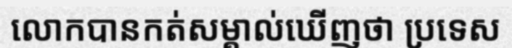
លោកបានកត់សម្គាល់ឃើញថា ប្រទេស